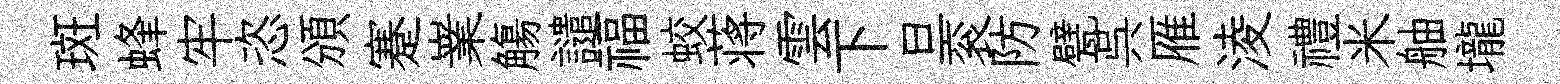
斑蜂牢恣頒蹇嶪觴譴福蛟蒋雲下旦衮防甓呉雁淩禮米舳壠